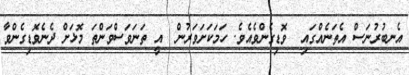
އެނބުރުނަސް އެތަނެއްގައި  ވޮޑިގެންވެއެވެ. ހަމަކަށަވަރުން  އީ ތަނަވަސްވަންތަ މޮޅަށް ދެނެވޮޑިގެންވާ